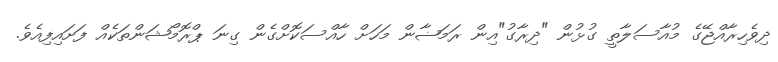
ދިވެހިރާއްޖޭގެ މުއާސަލާތީ ގުޅުން "ދިރާގު"އިން ރަމަޟާން މަހަށް ހާއްސަކޮށްގެން ގިނަ ޕްރޮމޯޝަންތަކެއް ފަށައިފިއެވެ.